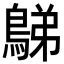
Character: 𪁩